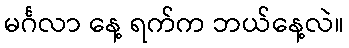
မင်္ဂလာ နေ့ ရက်က ဘယ်နေ့လဲ။